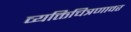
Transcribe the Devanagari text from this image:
व्यक्तिचित्रणावर